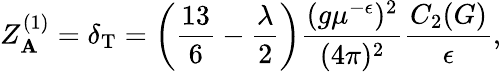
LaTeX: Z_{\mathbf{A}}^{(1)}=\delta_{\mathrm{{T}}}=\left(\frac{{13}}{6}-\frac{\lambda}{2}\right)\frac{{(g\mu^{-\epsilon})^{2}}}{{(4\pi)^{2}}}\frac{{C_{2}(G)}}{{\epsilon}},